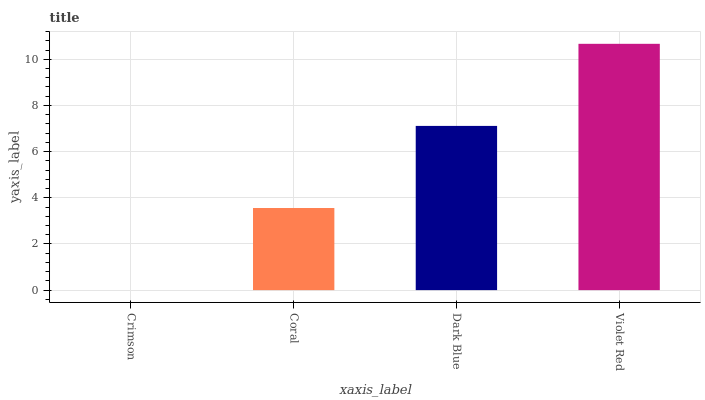
| xaxis_label | bars |
 | --- | --- |
 | Crimson | 0 |
 | Coral | 3.56 |
 | Dark Blue | 7.11 |
 | Violet Red | 10.7 |